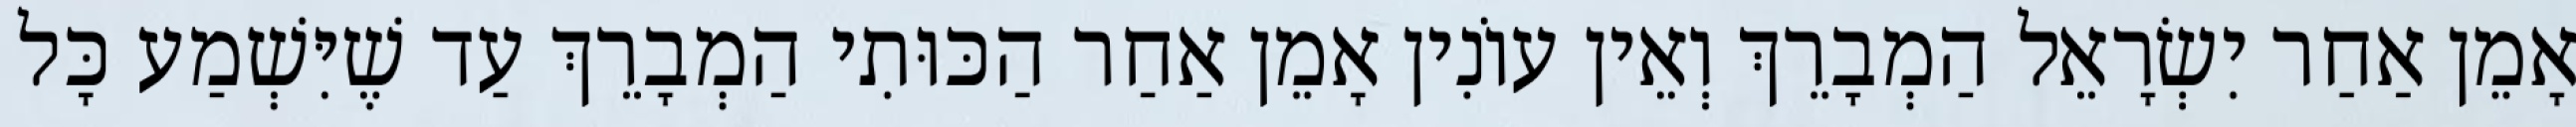
אָמֵן אַחַר יִשְׂרָאֵל הַמְבָרֵךְ וְאֵין עוֹנִין אָמֵן אַחַר הַכּוּתִי הַמְבָרֵךְ עַד שֶׁיִּשְׁמַע כָּל